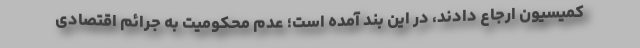
کمیسیون ارجاع دادند، در این بند آمده است؛ عدم محکومیت به جرائم اقتصادی